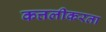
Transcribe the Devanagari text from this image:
कत्तलीकरता